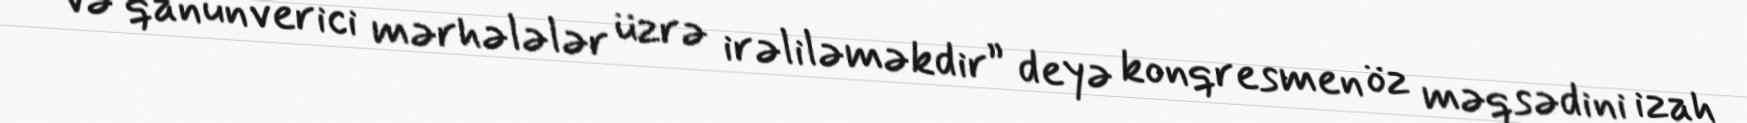
və qanunverici mərhələlər üzrə irəliləməkdir” deyə konqresmen öz məqsədini izah